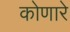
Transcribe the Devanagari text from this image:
कोणारे